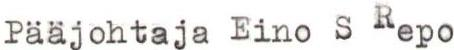
Pääjohtaja Eino S Repo